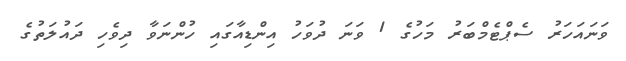
ވަނައަހަރު ސެޕްޓެމްބަރު މަހުގެ 1 ވަނަ ދުވަހު އިންޑިއާގައި ހުންނަވާ ދިވެހި ދައުލަތުގެ